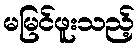
မမြင်ဖူးသည့်